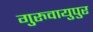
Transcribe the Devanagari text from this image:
गुरुवायुपुर